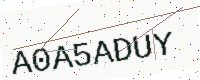
Text: A0A5ADUY